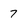
Character: 7